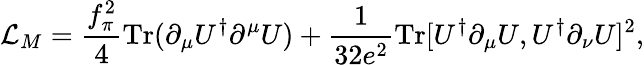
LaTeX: {\cal L}_{M}=\frac{f_{\pi}^{2}}{4}\mathrm{Tr}(\partial_{\mu}U^{\dagger}\partial^{\mu}U)+\frac{1}{32e^{2}}\mathrm{Tr}[U^{\dagger}\partial_{\mu}U,U^{\dagger}\partial_{\nu}U]^{2},